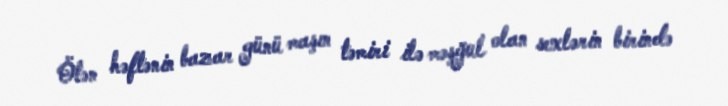
Ötən həftənin bazar günü maşın təmiri ilə məşğul olan sexlərin birində